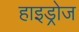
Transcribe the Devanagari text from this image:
हाइड्रोज